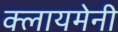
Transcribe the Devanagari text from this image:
क्लायमेनी